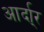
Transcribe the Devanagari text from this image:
आर्दा्र